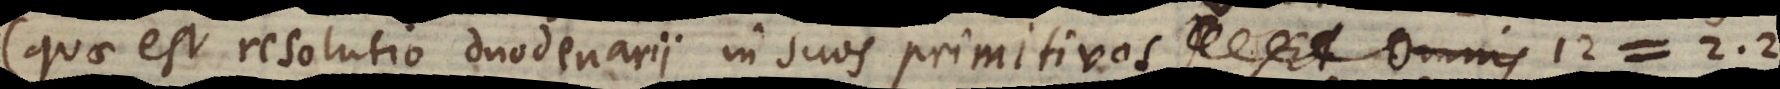
(quae est resolutio duodenarii in suos primitivos) Et Omnis binario